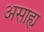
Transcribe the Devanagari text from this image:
असाह्य